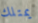
يمتلك